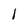
Character: 1